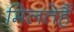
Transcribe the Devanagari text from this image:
मिलतेहैं